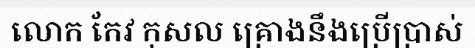
លោក កែវ កុសល គ្រោងនឹងប្រើប្រាស់